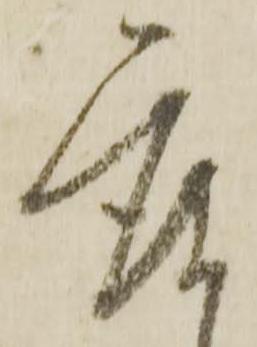
座